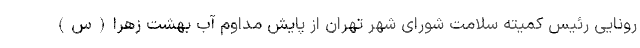
رونایی رئیس کمیته سلامت شورای شهر تهران از پایش مداوم آب بهشت زهرا(س)